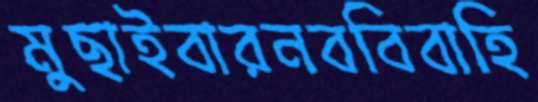
মুছাইবারনববিবাহি